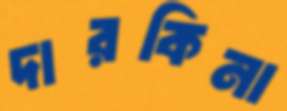
দারকিনা